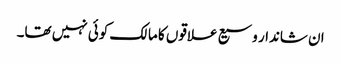
ان شاندار وسیع علاقوں کا مالک کوئی نہیں تھا۔